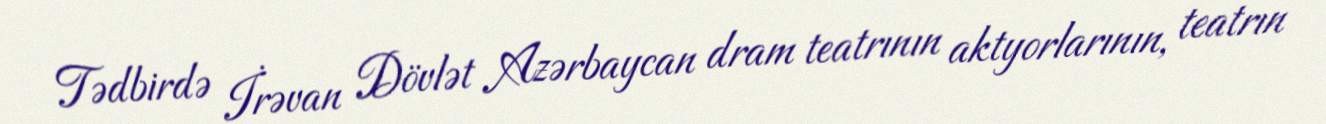
Tədbirdə İrəvan Dövlət Azərbaycan dram teatrının aktyorlarının, teatrın